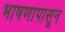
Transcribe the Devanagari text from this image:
भाषणापासून